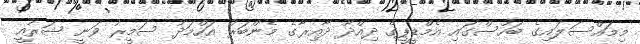
މިމައްސަލައިގެ ބަހުސްގައި އެމްޑީޕީގެ ދިއްދޫ ދާއިރާގެ މެންބަރު އަހްމަދު ސަމީރު ވަނީ ޝަރުއީ